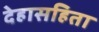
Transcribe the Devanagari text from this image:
देहासहिता